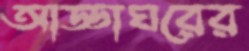
আড্ডাঘরের